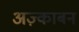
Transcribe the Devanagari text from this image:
अज़्काबन